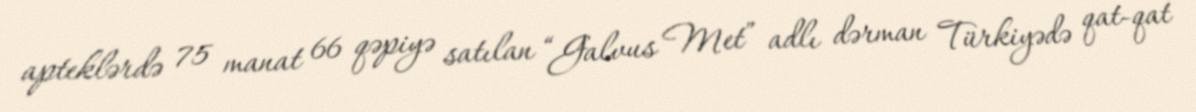
apteklərdə 75 manat 66 qəpiyə satılan “Galvus Met” adlı dərman Türkiyədə qat-qat